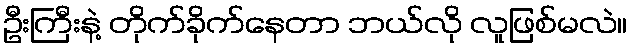
ဦးကြီးနဲ့ တိုက်ခိုက်နေတာ ဘယ်လို လူဖြစ်မလဲ။